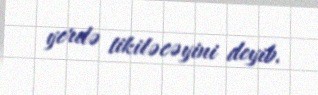
yerdə tikiləcəyini deyib.